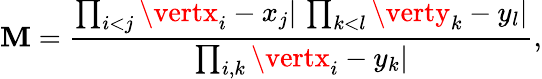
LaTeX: \mathbf{M}=\frac{{\prod_{i<j}\vertx_{i}-x_{j}\vert\, \prod_{k<l}\verty_{k}-y_{l}\vert}}{{\prod_{i,k}\vertx_{i}-y_{k}\vert}},